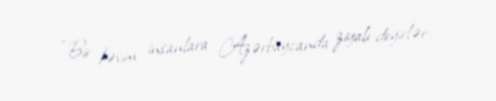
“Bir kəsim insanlara Azərbaycanda ziyalı deyirlər.